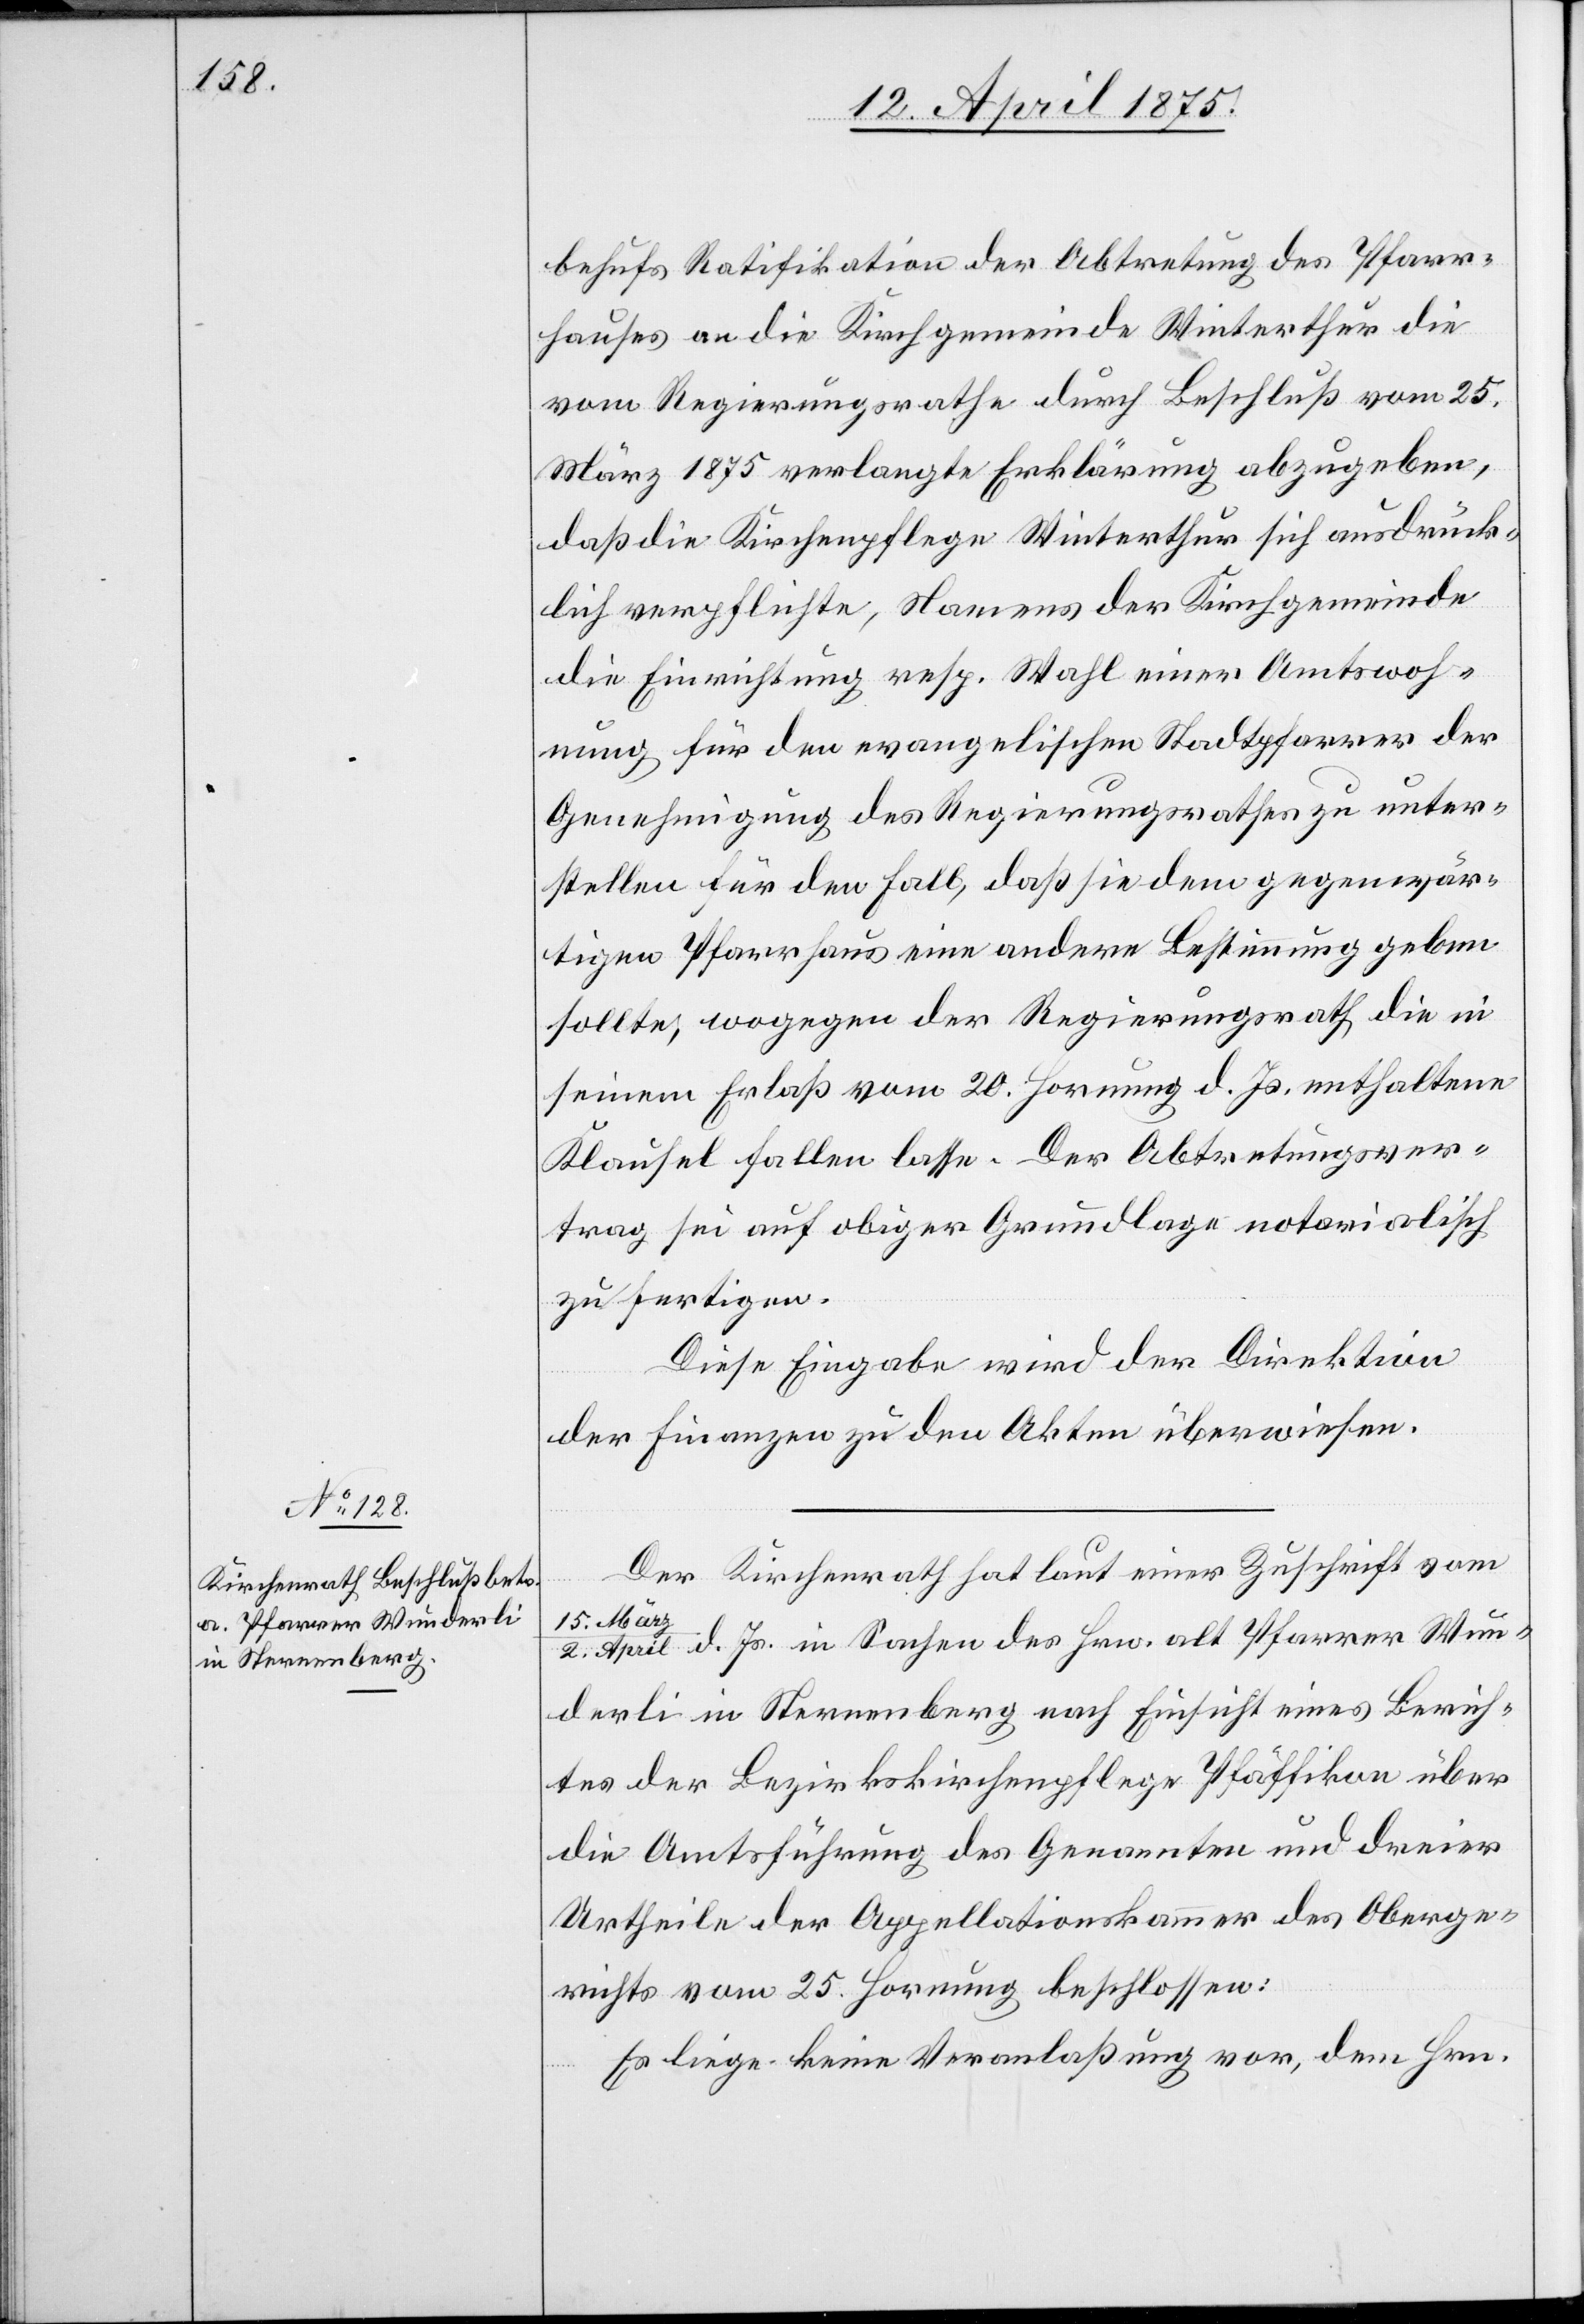
behufs Ratifikation der Abtretung des Pfarr¬
hauses an die Kirchgemeinde Winterthur die
vom Regierungsrathe durch Beschluß vom 25.
März 1875 verlangte Erklärung abzugeben,
daß die Kirchenpflege Winterthur sich ausdrück¬
lich verpflichte, Namens der Kirchgemeinde
die Einrichtung resp. Wahl einer Amtswoh¬
nung für den evangelischen Stadtpfarrer der
Genehmigung des Regierungsrathes zu unter¬
stellen für den Fall, daß sie dem gegenwär¬
tigen Pfarrhaus eine andere Bestimmung geben
sollte, wogegen der Regierungsrath, die in
seinem Erlass vom 20. Hornung d. Js enthaltene
Klausel fallen lasse. Der Abtretungsver¬
trag sei auf obiger Grundlage notarialisch
zu fertigen.
Diese Eingabe wird der Direktion
der Finanzen zu den Akten überwiesen.
Der Kirchenrath hat laut einer Zuschrift vom
15. Mär¬
z/2. April d. Js. in Sachen des Hrn. alt Pfarrer Wun¬
derli in Sternenberg nach Einsicht eines Berich¬
tes der Bezirkskirchenpflege Pfäffikon über
die Amtsführung des Genannten und dreier
Urtheile der Appellationskammer des Oberge¬
richts vom 25. Hornung beschlossen:
Es liege keine Veranlaßung vor, dem Hrn.